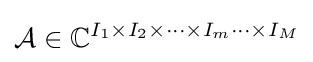
{\mathcal {A}}\in \mathbb {C} ^{I_{1}\times I_{2}\times \cdots \times I_{m}\cdots \times I_{M}}